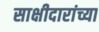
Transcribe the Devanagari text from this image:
साक्षीदारांच्या